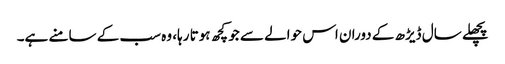
پچھلے سال ڈیڑھ کے دوران اس حوالے سے جو کچھ ہوتا رہا، وہ سب کے سامنے ہے۔